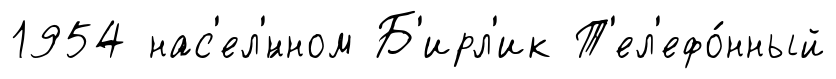
1954 нас'ел'́нном Б'ирл'ик Т'ел'ефо́нный